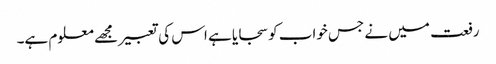
رفعت میں نے جس خواب کو سجایا ہے اس کی تعبیر مجھے معلوم ہے۔